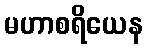
မဟာစရိယေန